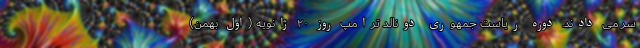
سر می دادند. دوره ریاست جمهوری دونالد ترامپ روز ۲۰ ژانویه (اول بهمن)